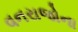
વનરાજોના